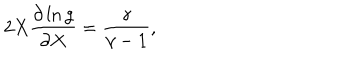
LaTeX: 2 X \frac { \partial \ln g } { \partial X } = \frac { \gamma } { \gamma - 1 } ,